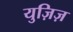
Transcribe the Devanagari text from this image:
युज़िज़